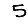
Digit: 5